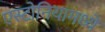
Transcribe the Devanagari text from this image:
एस्टोनियामध्ये